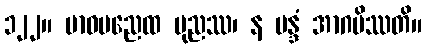
၁၂၂။ မာဝမညေထ ပုညဿ၊ န မန္ဒံ အာဂမိဿတိ။